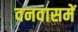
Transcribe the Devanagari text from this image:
वनवासमें